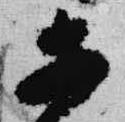
等